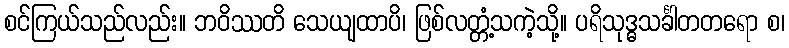
စင်ကြယ်သည်လည်း။ ဘဝိဿတိ သေယျထာပိ၊ ဖြစ်လတ္တံ့သကဲ့သို့။ ပရိသုဒ္ဓသင်္ခါတတရော စ၊